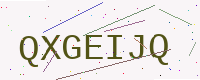
Text: QXGEIJQ